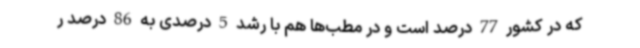
که در کشور 77 درصد است و در مطب‌ها هم با رشد 5 درصدی به 86 درصد ر